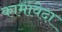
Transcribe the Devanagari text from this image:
कामावेदा